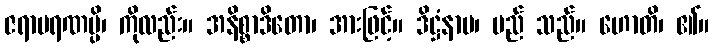
ဇရာမရဏမ္ပိ၊ ကိုလည်း။ အနိစ္စာဒိတော၊ အားဖြင့်။ ဒိဋ္ဌံနာမ၊ မည် သည်။ ဟောတိ၊ ၏။